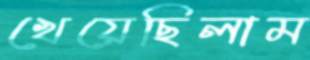
খেয়েছিলাম